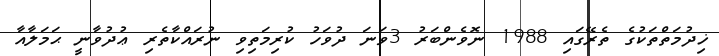
ޚިދުމަތްތަކުގެ ތެރޭގައި 1988 ނޮވެންބަރު 3ވަނަ ދުވަހު ކުރިމަތިވި ނުރައްކާތެރި ޢުދުވާނީ ޙަމަލާއާ